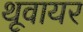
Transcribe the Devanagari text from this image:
थूवायर